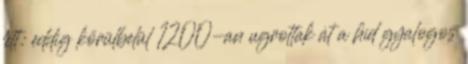
lett: eddig körülbelül 1200-an ugrottak át a híd gyalogos